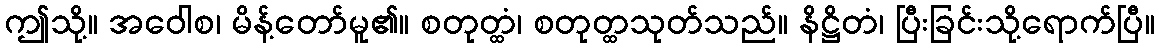
ဤသို့။ အဝေါစ၊ မိန့်တော်မူ၏။ စတုတ္ထံ၊ စတုတ္ထသုတ်သည်။ နိဋ္ဌိတံ၊ ပြီးခြင်းသို့ရောက်ပြီ။